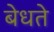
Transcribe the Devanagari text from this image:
बेधते